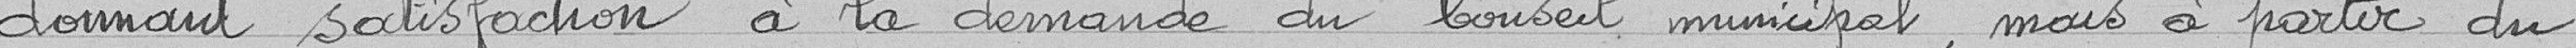
donnant satisfaction à la demande du Conseil municipal, mais à partir du